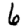
Digit: 6